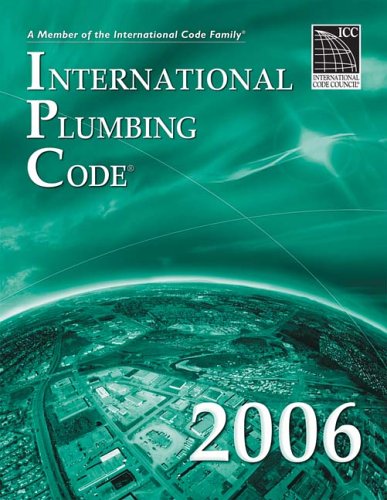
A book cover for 2006 International Plumbing Code (International Code Council Series); International Code Council; Science & Math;